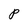
Character: P